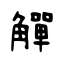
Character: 觶